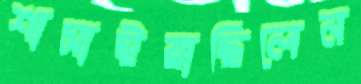
শাসাইয়াছিলেন